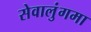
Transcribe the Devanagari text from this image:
सेवालुंगमा